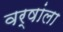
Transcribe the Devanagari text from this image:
वर्षांला